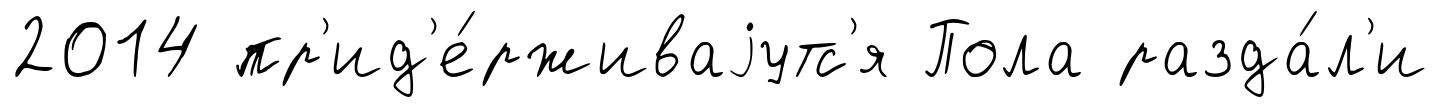
2014 пр'ид'е́рживаjутс'я Пола разда́л'и